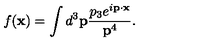
f ( { \bf x } ) = \int d ^ { 3 } { \bf p } \frac { p _ { 3 } e ^ { i { \bf p } \cdot { \bf x } } } { { \bf p } ^ { 4 } } .